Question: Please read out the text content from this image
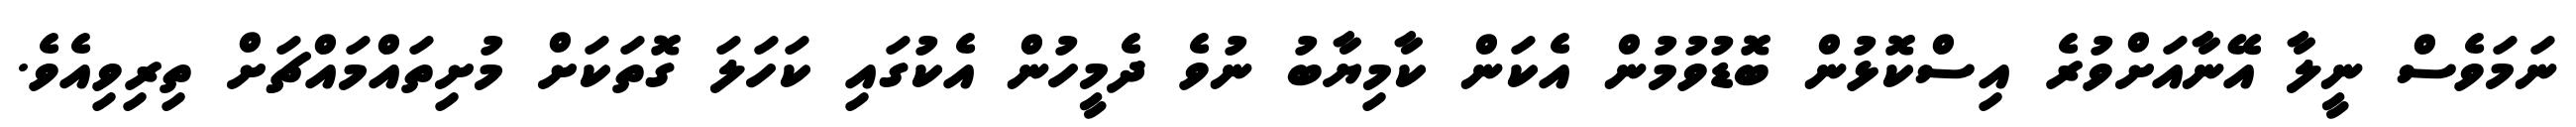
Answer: ނަމަވެސް ނީލާ އޭނާއަށްވުރެ އިސްކޮޅުން ބޮޑުވުމުން އެކަން ކާމިޔާބު ނުވެ ދެމީހުން އެކުގައި ކަހަލަ ގޮތަކަށް މުށިތައްމައްޗަށް ތިރިވިއެވެ.